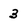
Character: 3